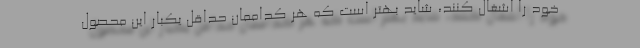
خود را اشغال کنند، شاید بهتر است که هر کداممان حداقل یکبار این محصول